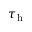
\tau _ { \mathrm { h } }